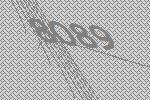
8089